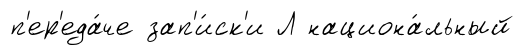
п'ер'еда́че зап'и́ск'и Л национа́льный